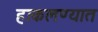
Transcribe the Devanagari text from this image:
हाकलण्यात